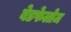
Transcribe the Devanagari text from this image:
बेडफेलोज